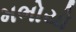
મભોયો